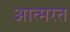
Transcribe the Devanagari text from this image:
आत्मरत